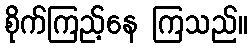
စိုက်ကြည့်နေ ကြသည်။